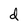
Character: d